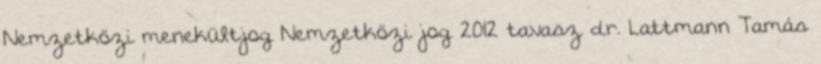
Nemzetközi menekültjog Nemzetközi jog 2012 tavasz dr. Lattmann Tamás